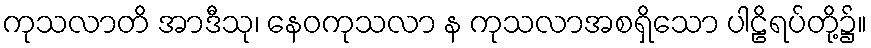
ကုသလာတိ အာဒီသု၊ နေဝကုသလာ န ကုသလာအစရှိသော ပါဠိရပ်တို့၌။